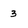
Character: 3